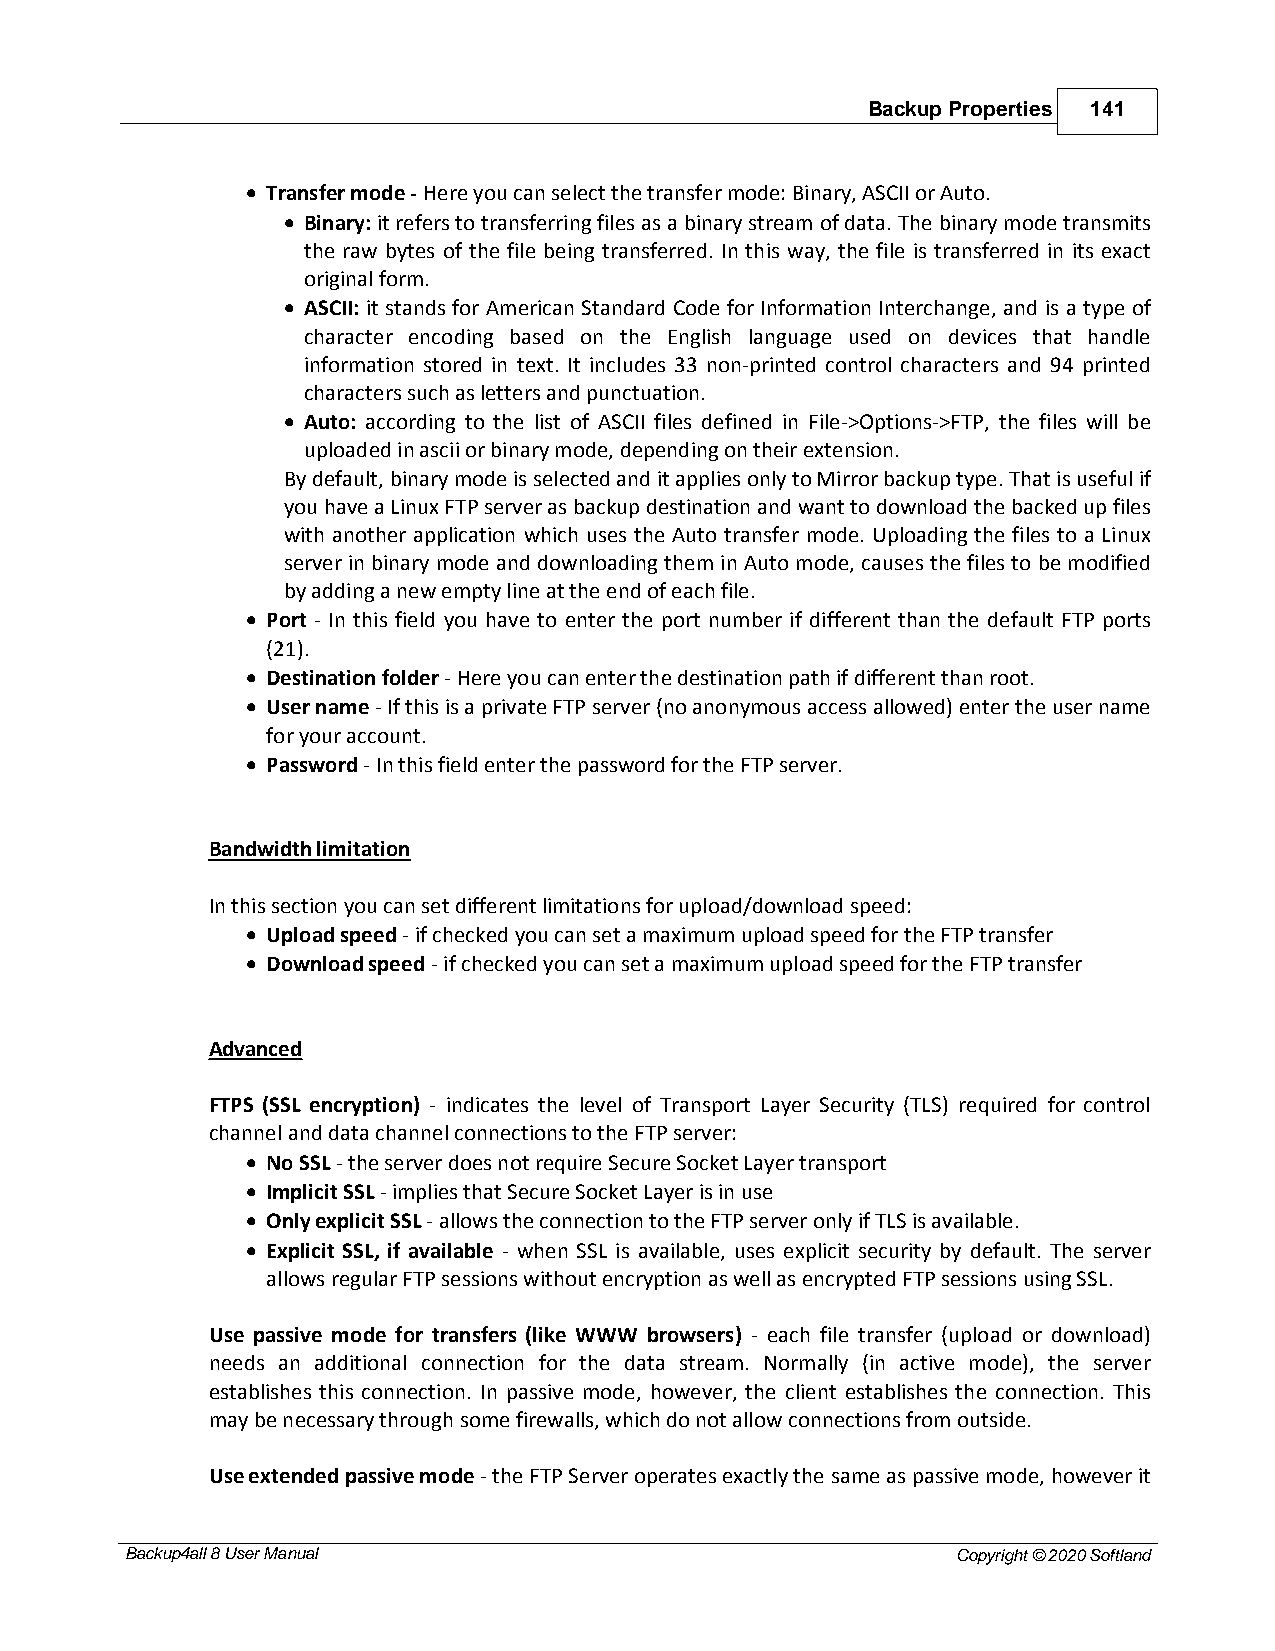
Backup Properties 141
 · Transfer mode - Here you can select the transfer mode: Binary, ASCII or Auto.
 · Binary: it refers to transferring files as a binary stream of data. The binary mode transmits
 the raw bytes of the file being transferred. In this way, the file is transferred in its exact
 original form.
 · ASCII: it stands for American Standard Code for Information Interchange, and is a type of
 character encoding based on the English language used on devices that handle
 information stored in text. It includes 33 non-printed control characters and 94 printed
 characters such as letters and punctuation.
 · Auto: according to the list of ASCII files defined in File->Options->FTP, the files will be
 uploaded in ascii or binary mode, depending on their extension.
 By default, binary mode is selected and it applies only to Mirror backup type. That is useful if
 you have a Linux FTP server as backup destination and want to download the backed up files
 with another application which uses the Auto transfer mode. Uploading the files to a Linux
 server in binary mode and downloading them in Auto mode, causes the files to be modified
 by adding a new empty line at the end of each file.
 · Port - In this field you have to enter the port number if different than the default FTP ports
 (21).
 · Destination folder - Here you can enter the destination path if different than root.
 · User name - If this is a private FTP server (no anonymous access allowed) enter the user name
 for your account.
 · Password - In this field enter the password for the FTP server.
 Bandwidth limitation
 In this section you can set different limitations for upload/download speed:
 · Upload speed - if checked you can set a maximum upload speed for the FTP transfer
 · Download speed - if checked you can set a maximum upload speed for the FTP transfer
 Advanced
 FTPS (SSL encryption) - indicates the level of Transport Layer Security (TLS) required for control
 channel and data channel connections to the FTP server:
 · No SSL - the server does not require Secure Socket Layer transport
 · Implicit SSL - implies that Secure Socket Layer is in use
 · Only explicit SSL - allows the connection to the FTP server only if TLS is available.
 · Explicit SSL, if available - when SSL is available, uses explicit security by default. The server
 allows regular FTP sessions without encryption as well as encrypted FTP sessions using SSL.
 Use passive mode for transfers (like WWW browsers) - each file transfer (upload or download)
 needs an additional connection for the data stream. Normally (in active mode), the server
 establishes this connection. In passive mode, however, the client establishes the connection. This
 may be necessary through some firewalls, which do not allow connections from outside.
 Use extended passive mode - the FTP Server operates exactly the same as passive mode, however it
 Backup4all 8 User Manual                               Copyright © 2020 Softland